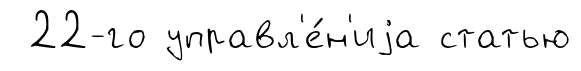
22-го управл'е́н'иjа статью